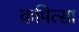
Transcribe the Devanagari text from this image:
कपित्सा